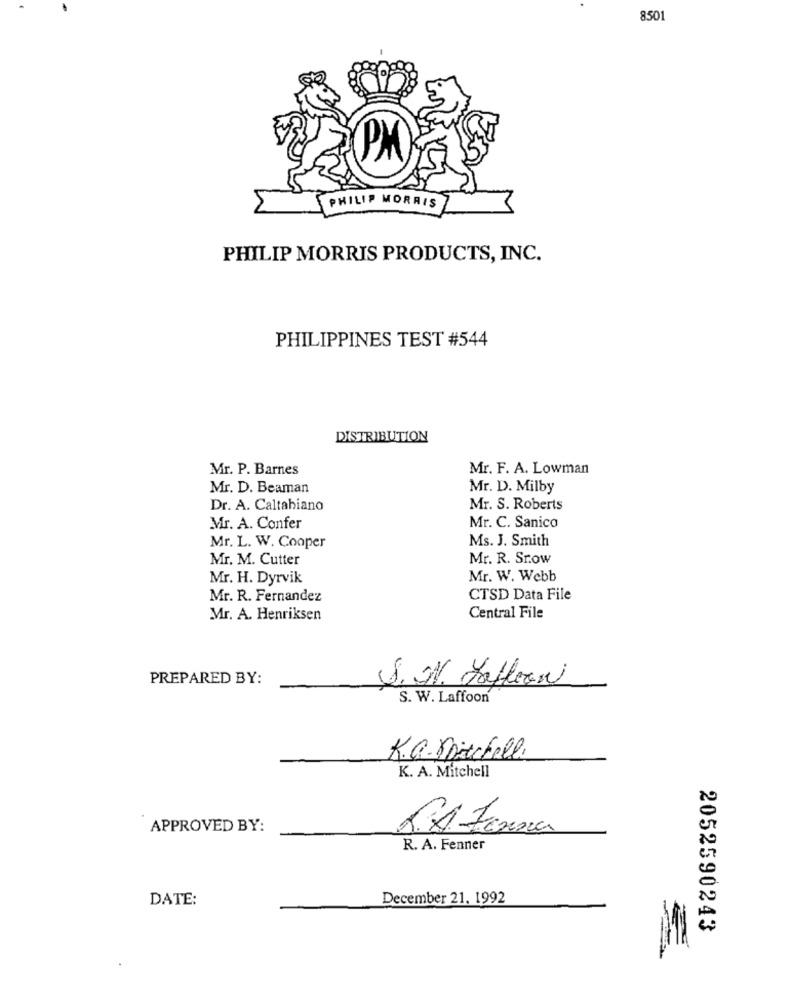
8501
PM
PHILIP MORRIS
PHILIP MORRIS PRODUCTS, INC.
PHILIPPINES TEST #544
DISTRIBUTION
Mr. P. Barnes
Mr. F. A. Lowman
Mr. D. Beaman
Mr. D. Milby
Dr. A. Caltabiano
Mr. S. Roberts
Mr. A. Confer
Mr. C. Sanico
Ms. J. Smith
Mr. L. W. Cooper
Mr. M. Cutter
Mr. R. Sr.ow
Mr. H. Dyrvik
Mr. W. Webb
Mr. R. Fernandez
CTSD Data File
Mr. A. Henriksen
Central File
PREPARED BY:
S. M. Kaffeani
S. W. Laffoon
K.G. Mitchell.
K. A. Mitchell
APPROVED BY:
R. A. Fenner
DATE:
December 21, 1992
2052590243